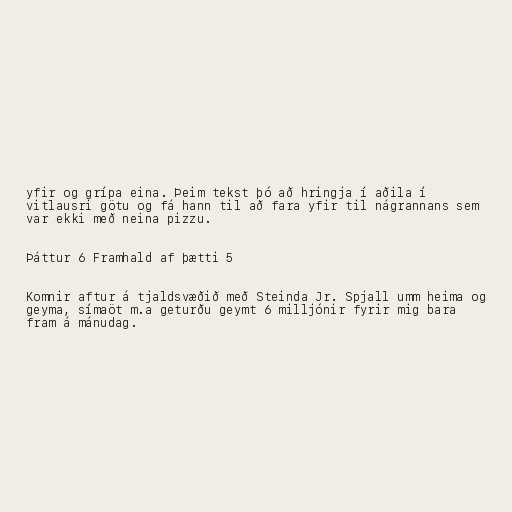
yfir og grípa eina. Þeim tekst þó að hringja í aðila í
vitlausri götu og fá hann til að fara yfir til nágrannans sem
var ekki með neina pizzu.

Þáttur 6 Framhald af þætti 5

Komnir aftur á tjaldsvæðið með Steinda Jr. Spjall umm heima og
geyma, símaöt m.a geturðu geymt 6 milljónir fyrir mig bara
fram á mánudag.